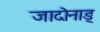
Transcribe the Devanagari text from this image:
जादोनाङ्